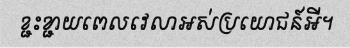
ខ្ជះខ្ជាយពេលវេលាអស់ប្រយោជន៍អី។